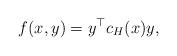
LaTeX: \begin{align*}f(x,y)=y^\top c_H(x)y,\end{align*}